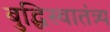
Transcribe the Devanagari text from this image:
बुद्धिस्वातंत्र्य